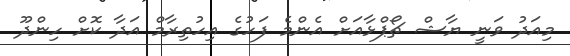
މިއަދު ވަނީ ޔާޝް ޗޯޕްޅާއަށް އެންމެ ފަހުގެ އިހުތިރާމް އަދާ ކޮށް ހިންދޫ